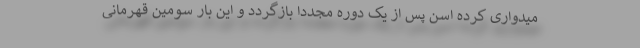
میدواری کرده اسن پس از یک دوره مجددا بازگردد و این بار سومین قهرمانی